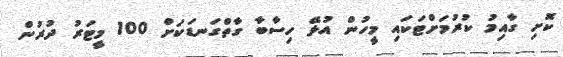
ކޮށި ގާއިމު ކުރުމަށްޓަކައި މީހުން އުޅޭ ހިސާބާ ގާތްގަނޑަކަށް 100 މީޓަރު ދުރުން